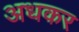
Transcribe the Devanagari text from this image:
अधकर